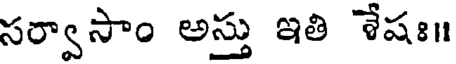
సర్వాసాం అస్తు ఇతి శేషః॥